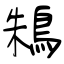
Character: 鴸